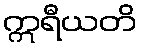
ဣရီယတိ